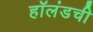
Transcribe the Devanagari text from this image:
हॉलंडची